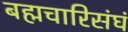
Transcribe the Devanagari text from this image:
बह्मचारिसंघं